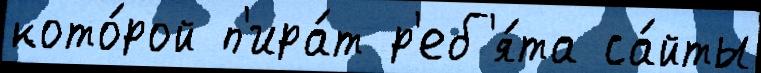
кото́рой п'ира́т р'еб'я́та са́йты